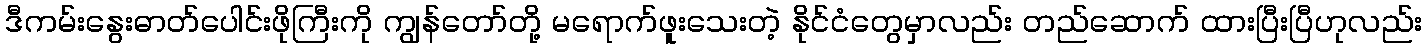
ဒီကမ်းနွေးဓာတ်ပေါင်းဖိုကြီးကို ကျွန်တော်တို့ မရောက်ဖူးသေးတဲ့ နိုင်ငံတွေမှာလည်း တည်ဆောက် ထားပြီးပြီဟုလည်း